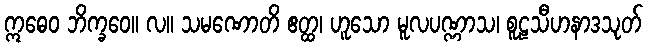
ဣဓေဝ ဘိက္ခဝေ။ လ။ သမဏောတိ ဧတ္ထ၊ ဟူသော မူလပဏ္ဏာသ၊ စူဠသီဟနာဒသုတ်